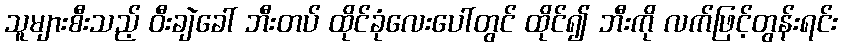
သူများစီးသည့် ဝီးချဲခေါ် ဘီးတပ် ထိုင်ခုံလေးပေါ်တွင် ထိုင်၍ ဘီးကို လက်ဖြင့်တွန်းရင်း